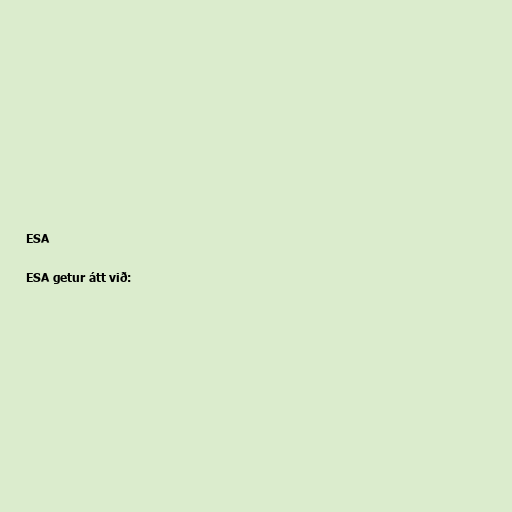
ESA

ESA getur átt við: